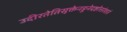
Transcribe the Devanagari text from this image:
उदीरतेतिसूक्तेनहुनेदष्टोत्तरंशतं